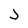
Character: J